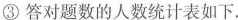
③答对题数的人数统计表如下.